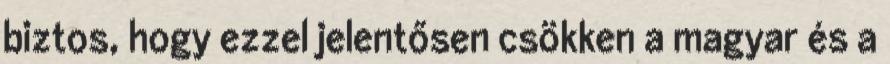
biztos, hogy ezzel jelentősen csökken a magyar és a